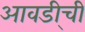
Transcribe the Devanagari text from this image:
आवडी्ची